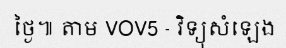
ថ្ងៃ៕ តាម VOV5 - វិទ្យុសំឡេង